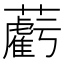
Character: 𧃷